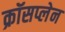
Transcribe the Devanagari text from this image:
क्रॉसप्लेन